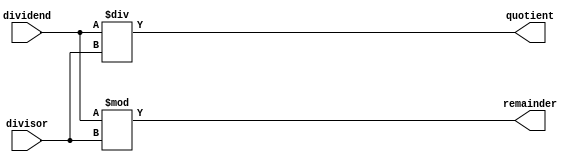
module AsyncDivider (
    input wire [31:0] dividend,
    input wire [31:0] divisor,
    output wire [31:0] quotient,
    output wire [31:0] remainder
);

assign quotient = dividend / divisor;
assign remainder = dividend % divisor;
  
endmodule